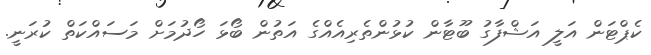
ކެޕްޓަން އަލީ އަޝްފާގު ބޫޓާން ކުޅުންތެރިއެއްގެ އަތުން ބޯޅަ ހޯދުމަށް މަސައްކަތް ކުރަނީ.